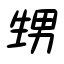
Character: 甥